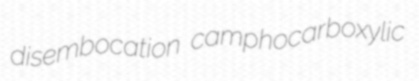
disembocation camphocarboxylic